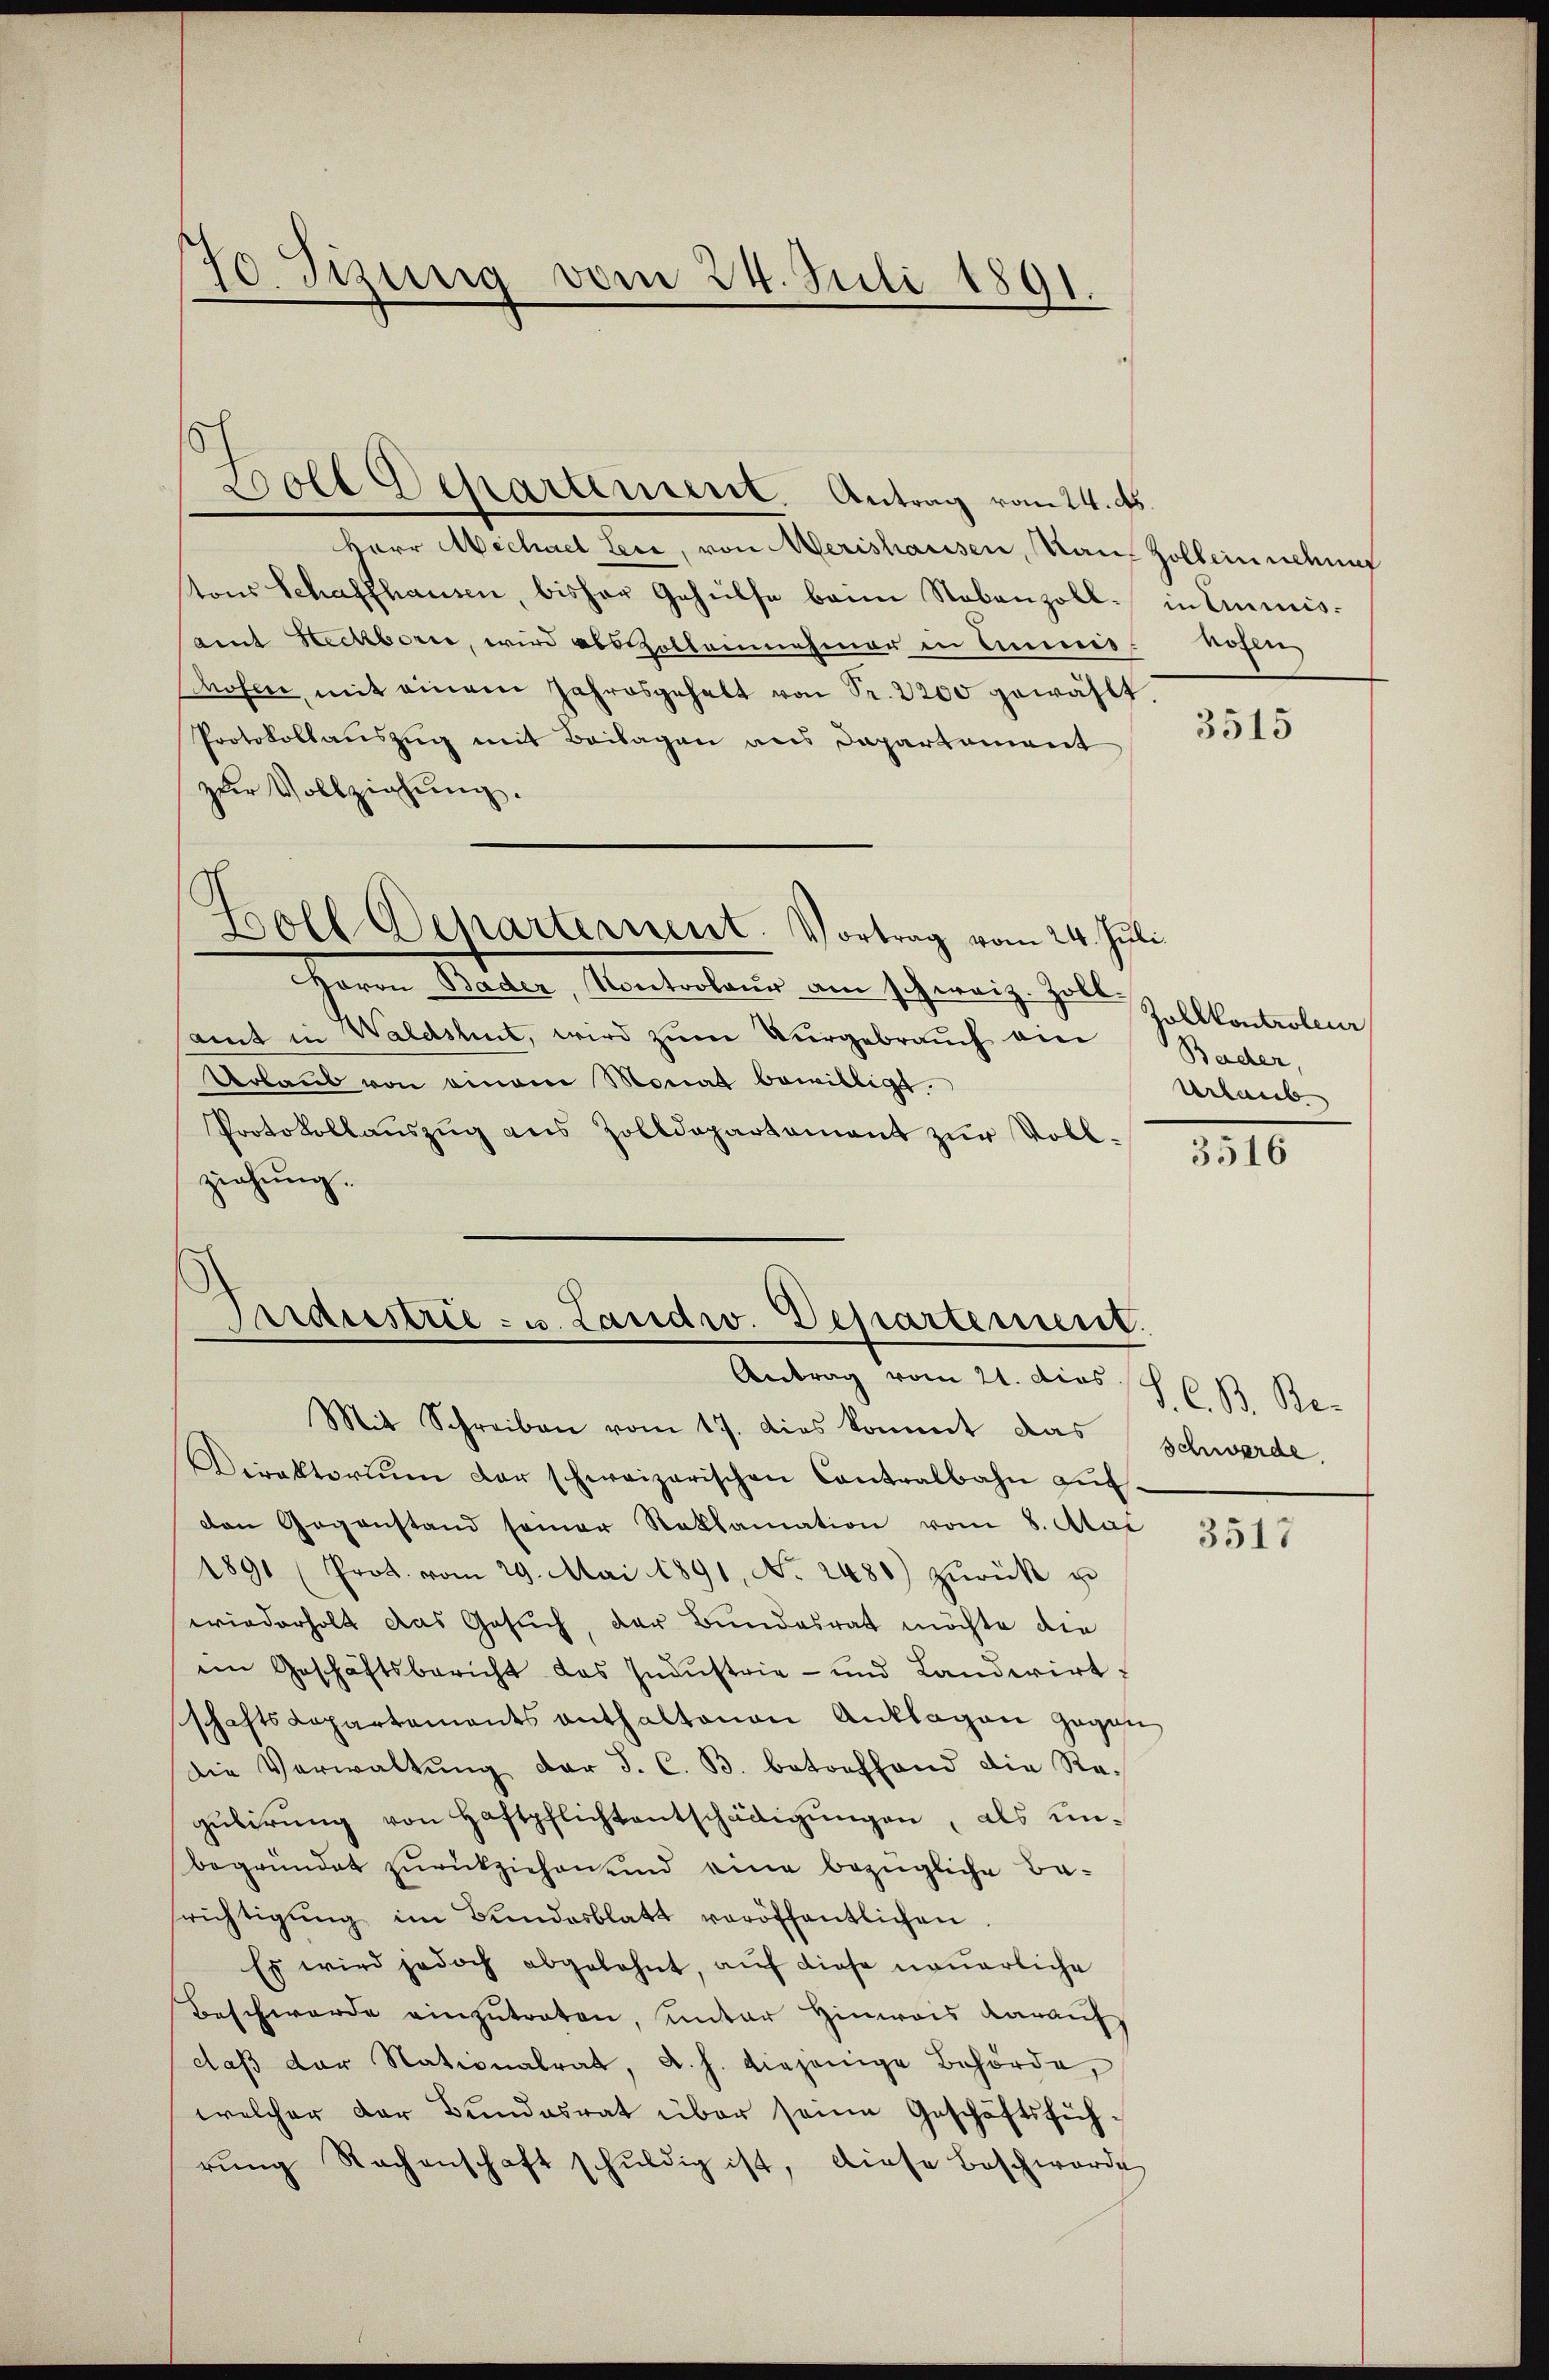
70. Jung vom 24. Juli 1891.

5
Boll Departement. Antrag vom 24. ds.

Herr Michael Leer, von Merishausen, Naue Zolbein nehme
tons Schaffhausen, bisher Gehülfe beim Nebenzoll. in Einmis-
amt Steckborn, wird abselleinehmer in Ammisosen, mit einem Jahresgehalt von Fr. 2200 gewählt.
Protokollaŭszŭg mit Beilagen aus Departement
zur Vollziehung.
Boll Departement. Vortrag vom 24. Juli
 Bader, Manterlauer von schweiz. Zoll, Zollkontrolemn
amt in Waldshut, wird zum Vergebrauch ein
Urbaus von einem Monat bewilligt.
Protokollauszug aus Zolldepartement zur Vollziehung.

Industrie - u. Landw. Departement.
Antrag vom 21. dies

Mit Schreiben vom 17. dies kommt das schwerde.
Direktoriŭm der schweizerischen Contralbahn aŭf-
den Gegenstand seiner Reklamation vom 8. Aar
1891 (Prot. vom 29. Mai 1891, No. 2480) zŭrück u
wiederholt das Gesŭch, der Bundesrat möchte die
im Geschäftsbericht das Indŭstrie- und Landwirt
schaftsdepartements enthaltenen Anklagen gegen
Die Verwaltŭng der J. C. B. betreffend die Regŭbirŭng von Haftpflichtentschädigŭngen, als unbegründet zurückziehen und eine bezügliche Be-
srichtigŭng im Bundesblatt veröffentlichen
Es wird jedoch abgelehnt, auf diese neuerliche
Beschwerde einzutreten, unter Hinweis darauf
daβ der Stationalrat, d. h. diejenige Behörde,
welcher der Bundesrat über seine Geschäftsführŭng Rachenschaft schŭldig ist, diese Beschwerde

holen

3515

Bader,
Urlaub

3516

S. C. B. Re¬

3517